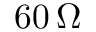
6 0 \, { \Omega }